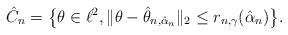
LaTeX: \begin{align*} \hat C_n = \bigl\{\theta\in\ell^2, \|\theta-\hat\theta_{n,\hat\alpha_n}\|_2\le r_{n,\gamma}(\hat\alpha_n) \bigr\}.\end{align*}